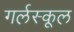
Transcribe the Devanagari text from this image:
गर्लस्कूल